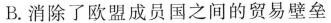
B.消除了欧盟成员国之间的贸易壁垒